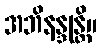
အဘိနန္ဒုန္တိ။